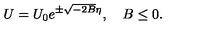
U = U _ { 0 } e ^ { \pm \sqrt { - 2 B } \eta } , \quad B \le 0 .